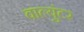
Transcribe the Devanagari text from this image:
वाल्युंटर